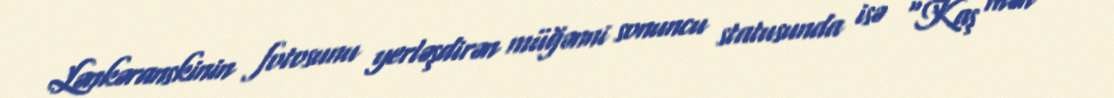
Lənkəranskinin fotosunu yerləşdirən müğənni sonuncu statusunda isə “Kaş mən